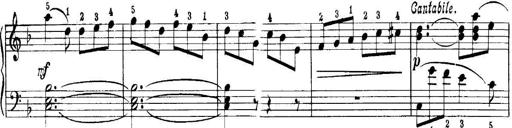
Title: Quatres sonatines
Composer: Tadeusz Joteyko